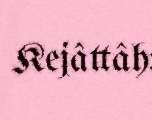
Kejâttâh: